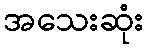
အသေးဆုံး